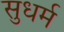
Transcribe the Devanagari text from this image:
सुधर्म